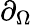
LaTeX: \partial_{\Omega}